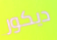
ديكور